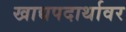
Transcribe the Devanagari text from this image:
खाद्यपदार्थावर